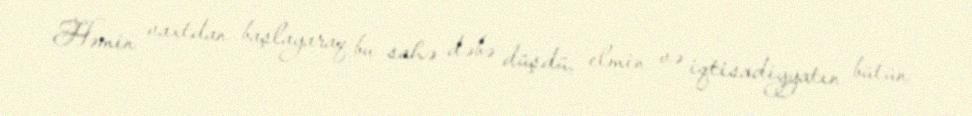
Həmin vaxtdan başlayaraq bu sahə dəbə düşdü, elmin və iqtisadiyyatın bütün